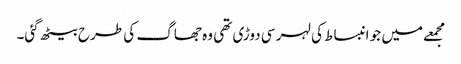
مجمعے میں جو انبساط کی لہر سی دوڑی تھی وہ جھاگ کی طرح بیٹھ گئی۔